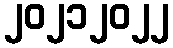
၂၀၂၁၂၀၂၂